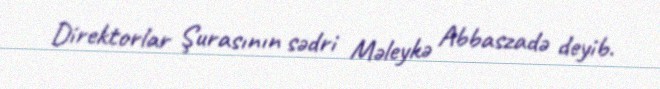
Direktorlar Şurasının sədri Məleykə Abbaszadə deyib.